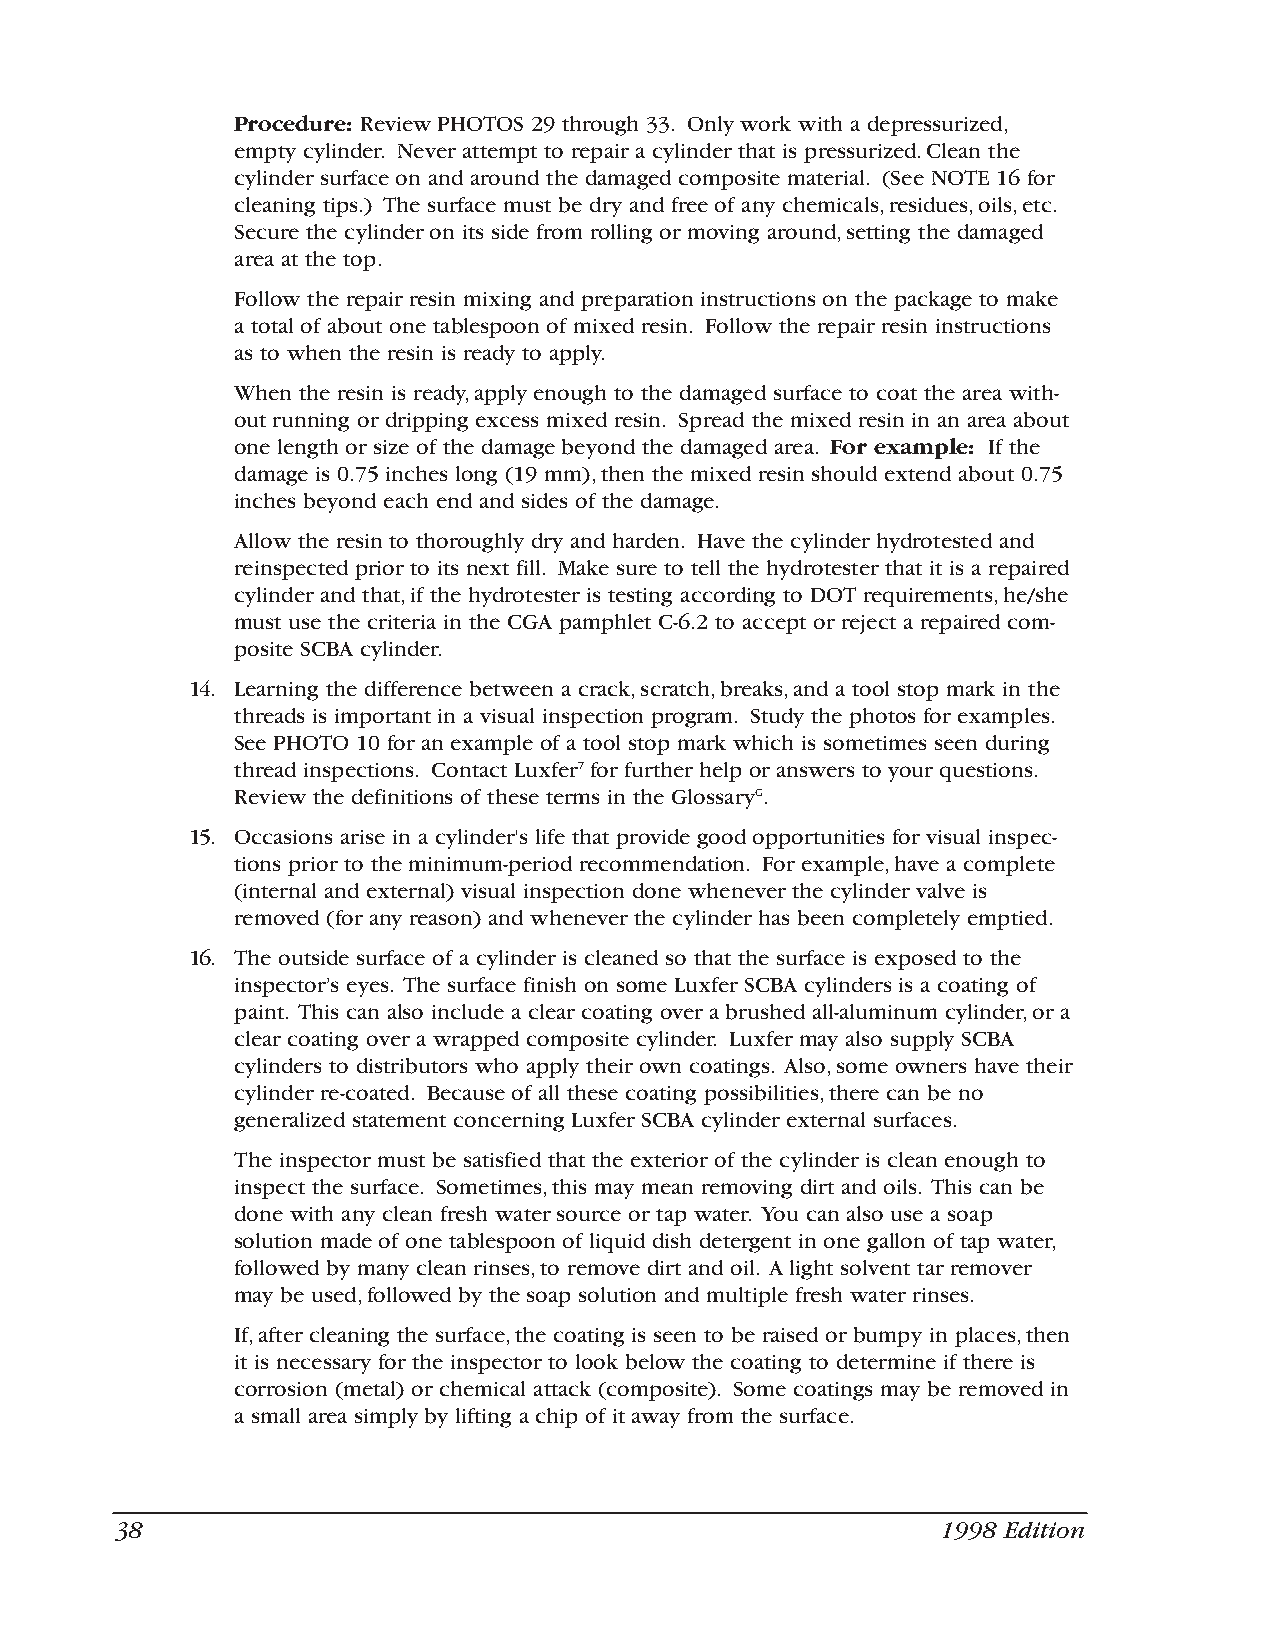
Procedure: Review PHOTOS 29 through 33. Only work with a depressurized,
 empty cylinder. Never attempt to repair a cylinder that is pressurized.Clean the
 cylinder surface on and around the damaged composite material. (See NOTE 16 for
 cleaning tips.) The surface must be dry and free of any chemicals,residues,oils,etc.
 Secure the cylinder on its side from rolling or moving around,setting the damaged
 area at the top.
 Follow the repair resin mixing and preparation instructions on the package to make
 a total of about one tablespoon of mixed resin. Follow the repair resin instructions
 as to when the resin is ready to apply.
 When the resin is ready,apply enough to the damaged surface to coat the area with-
 out running or dripping excess mixed resin. Spread the mixed resin in an area about
 one length or size of the damage beyond the damaged area. For example: If the
 damage is 0.75 inches long (19 mm),then the mixed resin should extend about 0.75
 inches beyond each end and sides of the damage.
 Allow the resin to thoroughly dry and harden. Have the cylinder hydrotested and
 reinspected prior to its next fill. Make sure to tell the hydrotester that it is a repaired
 cylinder and that,if the hydrotester is testing according to DOT requirements,he/she
 must use the criteria in the CGA pamphlet C-6.2 to accept or reject a repaired com-
 posite SCBA cylinder.
 14. Learning the difference between a crack,scratch,breaks,and a tool stop mark in the
 threads is important in a visual inspection program. Study the photos for examples.
 See PHOTO 10 for an example of a tool stop mark which is sometimes seen during
 thread inspections. Contact Luxfer7 for further help or answers to your questions.
 Review the definitions of these terms in the GlossaryG.
 15. Occasions arise in a cylinder's life that provide good opportunities for visual inspec-
 tions prior to the minimum-period recommendation. For example,have a complete
 (internal and external) visual inspection done whenever the cylinder valve is
 removed (for any reason) and whenever the cylinder has been completely emptied.
 16. The outside surface of a cylinder is cleaned so that the surface is exposed to the
 inspector’s eyes. The surface finish on some Luxfer SCBA cylinders is a coating of
 paint. This can also include a clear coating over a brushed all-aluminum cylinder,or a
 clear coating over a wrapped composite cylinder. Luxfer may also supply SCBA
 cylinders to distributors who apply their own coatings. Also,some owners have their
 cylinder re-coated. Because of all these coating possibilities,there can be no
 generalized statement concerning Luxfer SCBA cylinder external surfaces.
 The inspector must be satisfied that the exterior of the cylinder is clean enough to
 inspect the surface. Sometimes,this may mean removing dirt and oils. This can be
 done with any clean fresh water source or tap water. You can also use a soap
 solution made of one tablespoon of liquid dish detergent in one gallon of tap water,
 followed by many clean rinses,to remove dirt and oil. A light solvent tar remover
 may be used,followed by the soap solution and multiple fresh water rinses.
 If,after cleaning the surface,the coating is seen to be raised or bumpy in places,then
 it is necessary for the inspector to look below the coating to determine if there is
 corrosion (metal) or chemical attack (composite). Some coatings may be removed in
 a small area simply by lifting a chip of it away from the surface.
 38                                                    1998 Edition